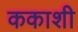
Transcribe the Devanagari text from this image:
ककाशी